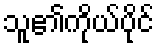
သူ၏ကိုယ်ပိုင်